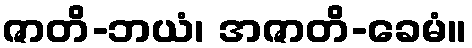
ဇာတိ-ဘယံ၊ အဇာတိ-ခေမံ။